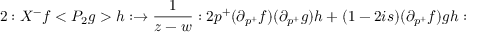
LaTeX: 2 : X ^ { - } f < { P _ { 2 } } g > h : \rightarrow \frac 1 { z - w } : 2 p ^ { + } ( \partial _ { p ^ { + } } f ) ( \partial _ { p ^ { + } } g ) h + ( 1 - 2 i s ) ( \partial _ { p ^ { + } } f ) g h :